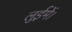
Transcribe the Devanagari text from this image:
लुईमें।